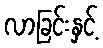
လာခြင်းနှင့်